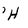
Character: H